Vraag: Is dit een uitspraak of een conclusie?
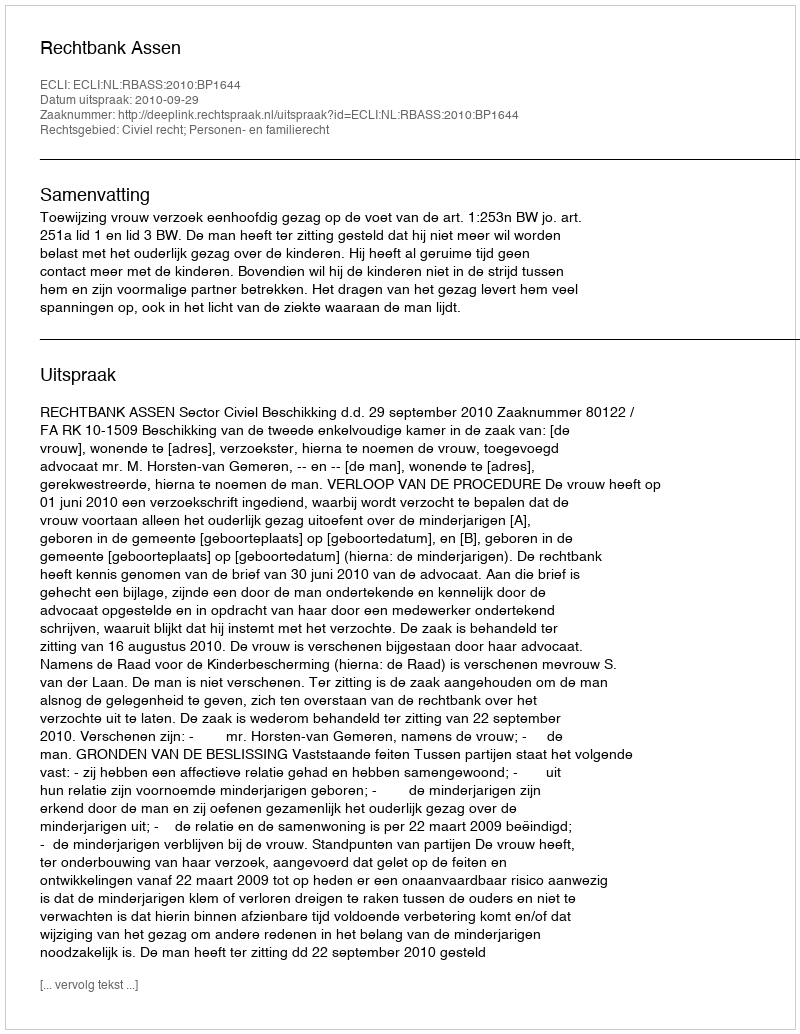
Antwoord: Uitspraak